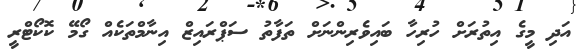
އަދި މީގެ އިތުރަށް ހުރިހާ ބައިވެރިންނަށް ތަފާތު ސަޕްރައިޒް އިނާމްތަކެއް ގޯމޭ ކޮކޯޓްރީ